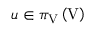
u \in \pi _ { \mathrm { V } } \left( \mathrm { V } \right)